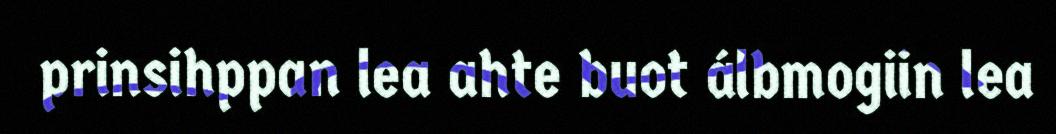
prinsihppan lea ahte buot álbmogiin lea